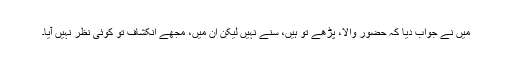
میں نے جواب دیا کہ حضور والا، پڑھے تو ہیں، سنے نہیں لیکن ان میں، مجھے انکشاف تو کوئی نظر نہیں آیا۔